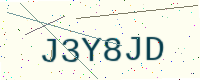
Text: J3Y8JD